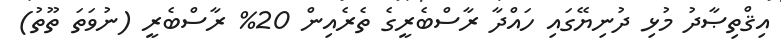
އިޤްތިޞާދު މުޅި ދުނިޔޭގައި ހައްދާ ރާސްބެރީގެ ތެރެއިން 20% ރާސްބެރީ (ނުވަތަ ތޫތު)